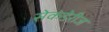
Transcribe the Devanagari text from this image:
सेकंडेरीज